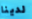
لدينا